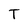
Character: T